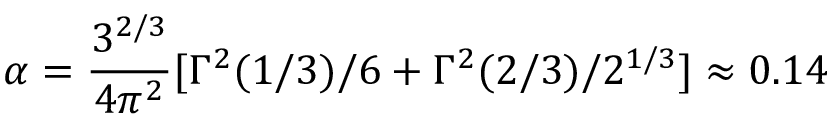
\alpha = \frac { 3 ^ { 2 / 3 } } { 4 \pi ^ { 2 } } [ \Gamma ^ { 2 } ( 1 / 3 ) / 6 + \Gamma ^ { 2 } ( 2 / 3 ) / 2 ^ { 1 / 3 } ] \approx 0 . 1 4